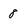
Character: 8